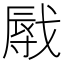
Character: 㦺